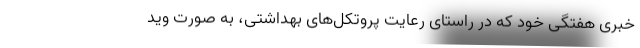
خبری هفتگی خود که در راستای رعایت پروتکل‌های بهداشتی، به صورت وید